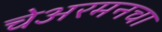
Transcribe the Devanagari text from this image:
चेअरमनचा